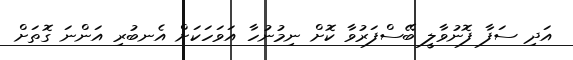
އަދި ސަފާ ފޮނުވާލީ ބޭސްފަރުވާ ކޮށް ނިމުނުހާ އަވަހަކަށް އެނބުރި އަންނަ ގޮތަށް